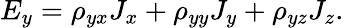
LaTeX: E_{y}=\rho_{yx}J_{x}+\rho_{yy}J_{y}+\rho_{yz}J_{z}.